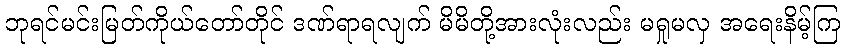
ဘုရင်မင်းမြတ်ကိုယ်တော်တိုင် ဒဏ်ရာရလျက် မိမိတို့အားလုံးလည်း မရှုမလှ အရေးနိမ့်ကြ